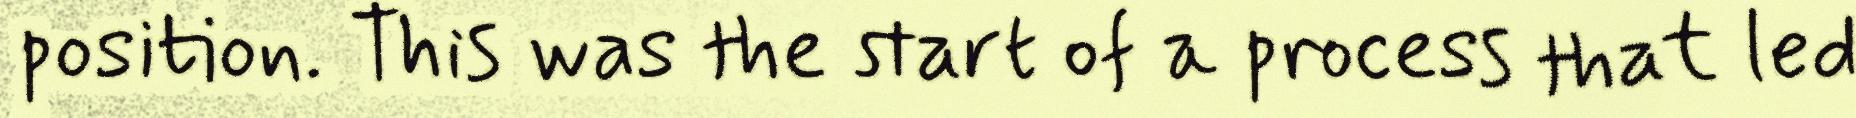
position. This was the start of a process that led